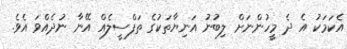
އެކަމަކު އެ ދެ މީހުންނަށް ލިބުނު އަނިޔާތަކުގެ ތަފްސީލެއް އޭނާ ނުދެއްވަ އެވެ.